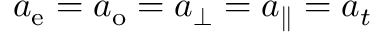
a _ { \mathrm { e } } = a _ { \mathrm { o } } = a _ { \perp } = a _ { \parallel } = a _ { t }